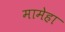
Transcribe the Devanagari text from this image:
मामेहा